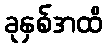
ခုနှစ်အထိ